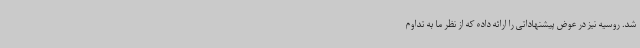
شد. روسیه نیز در عوض پیشنهاداتی را ارائه داده که از نظر ما به تداوم